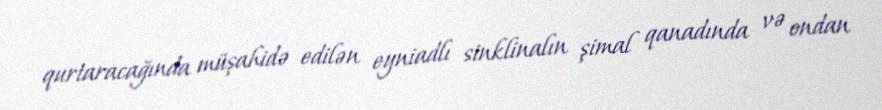
qurtaracağında müşahidə edilən eyniadlı sinklinalın şimal qanadında və ondan